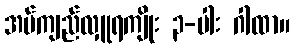
အပ်ကျည်လှူရကျိုး ၃-ပါး ဂါထာ။